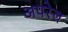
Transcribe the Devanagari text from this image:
अपरेल